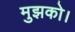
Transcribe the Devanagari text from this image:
मुझको।